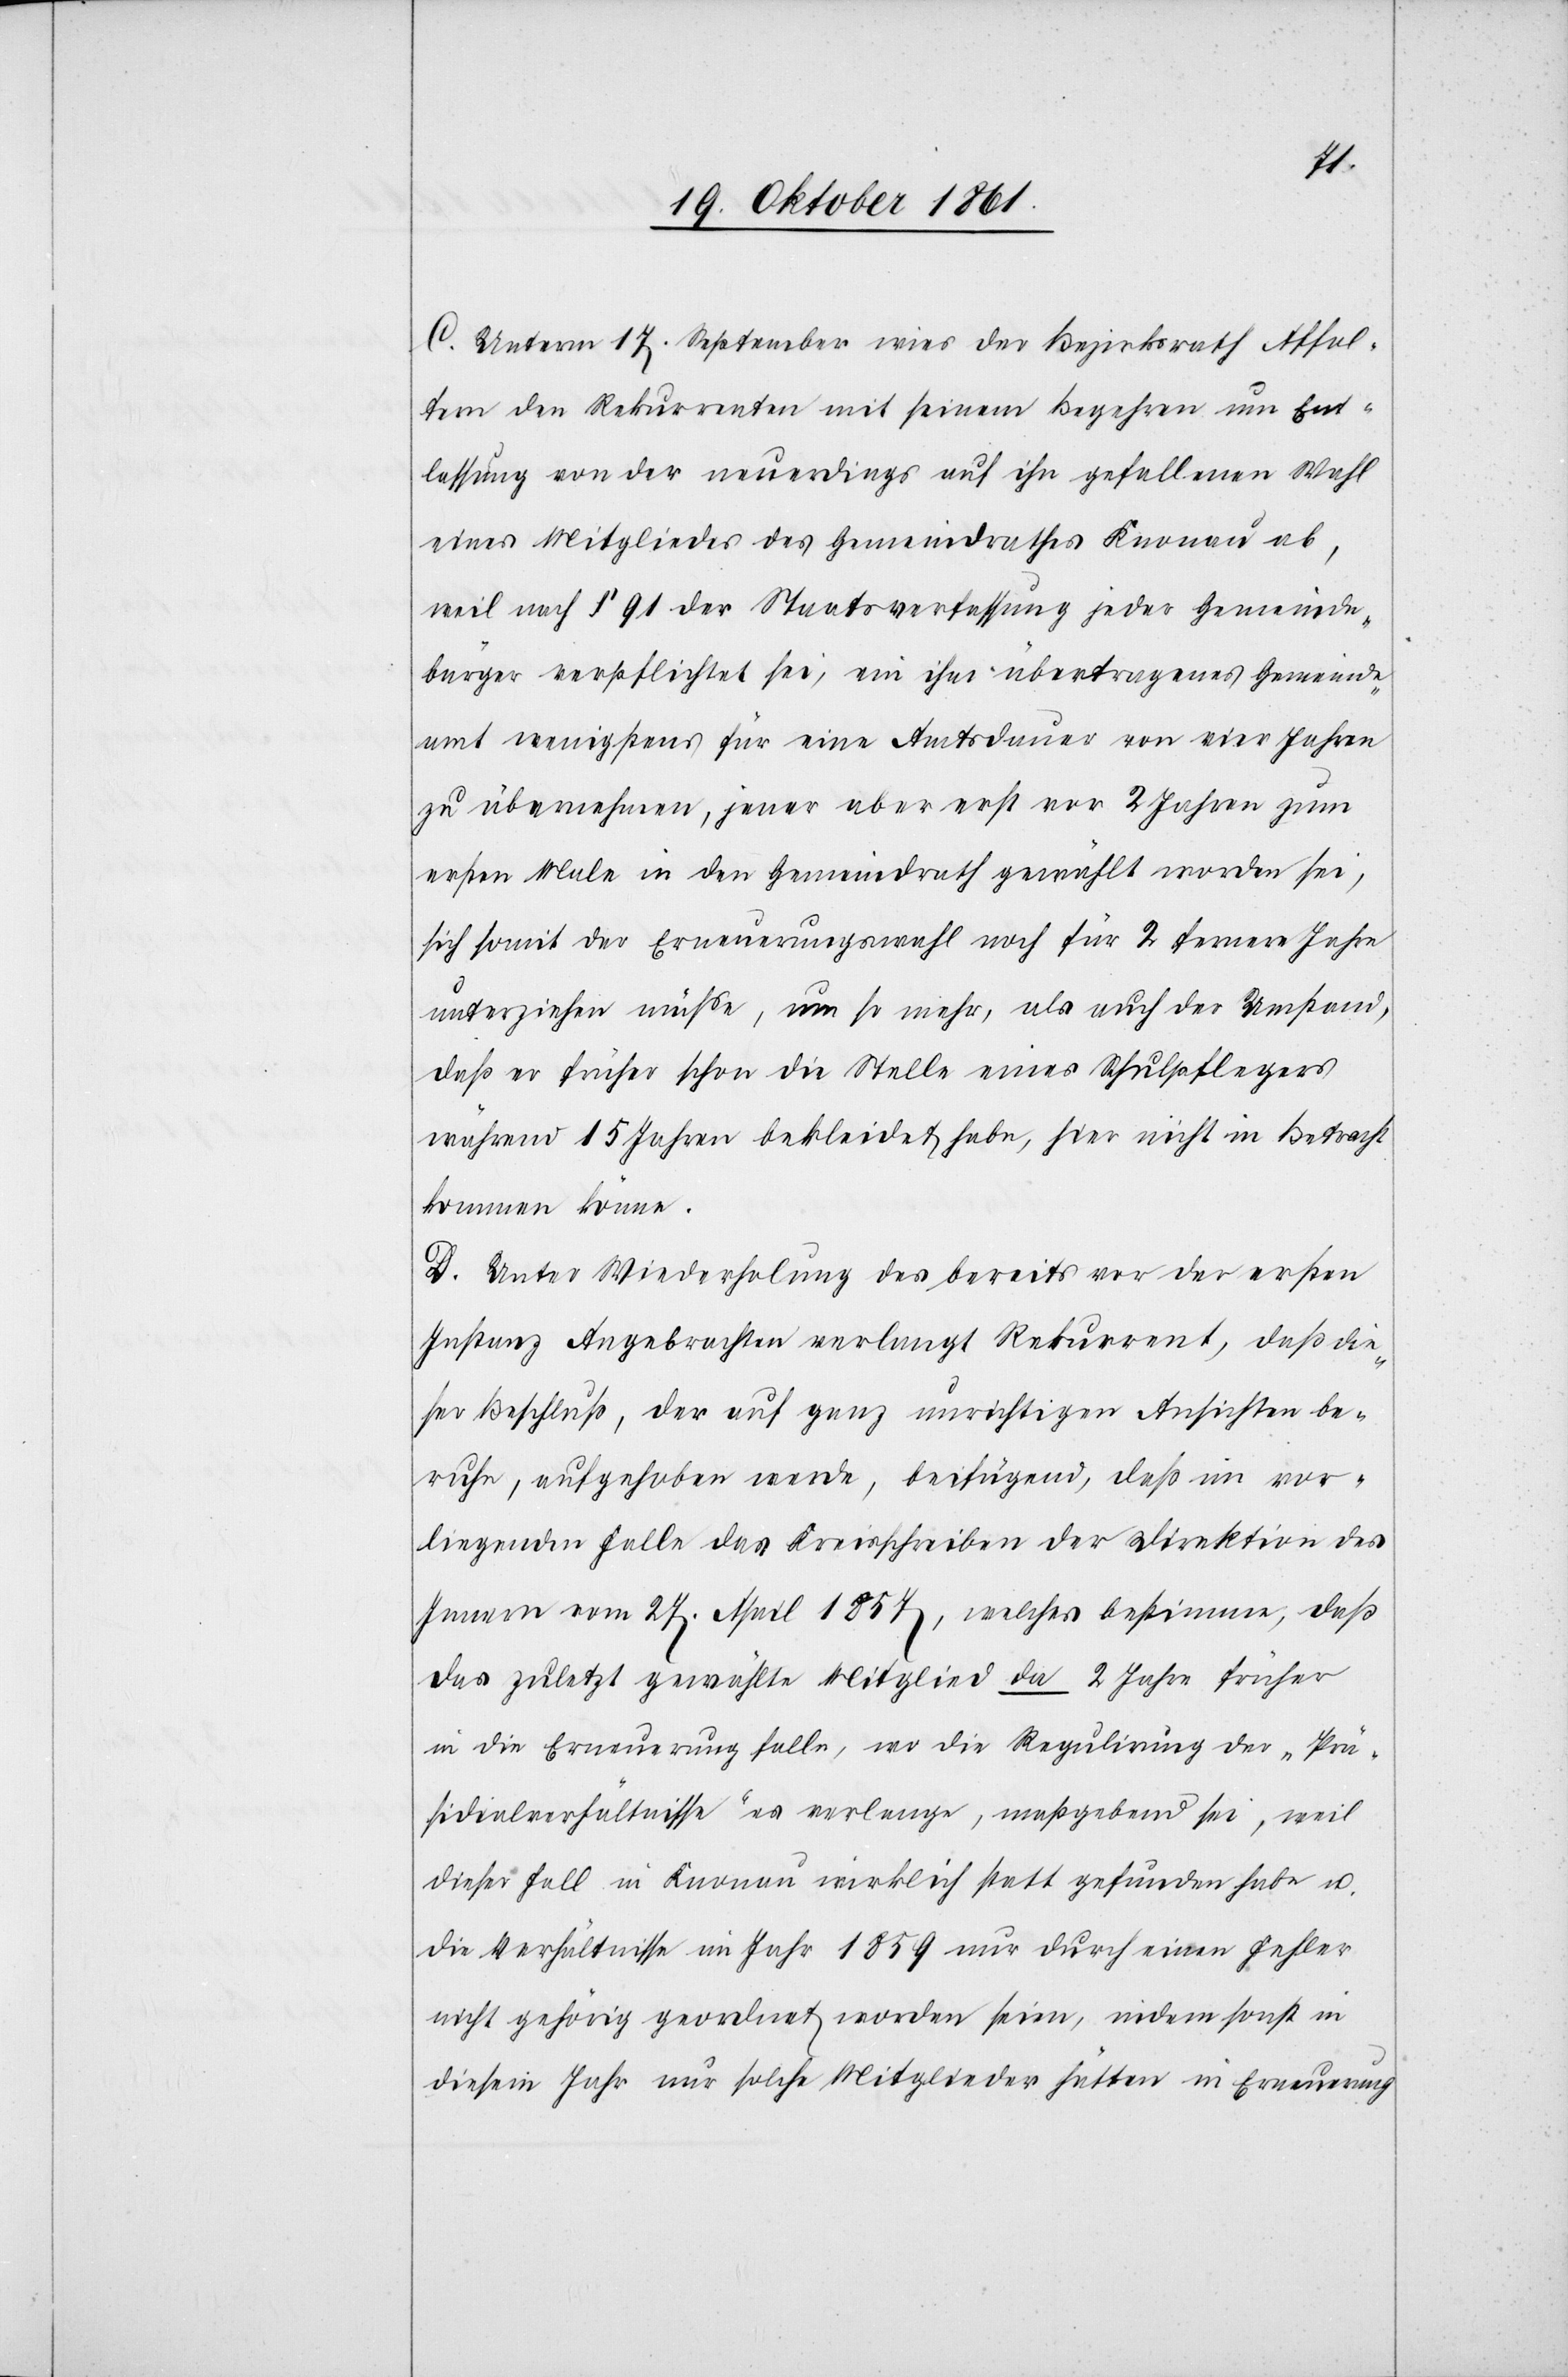
C. Unterm 17 September wies der Bezirksrath Affol¬
tern den Rekurrenten mit seinem Begehren um Ent¬
lassung von der neuerdings auf ihn gefallenen Wahl
eines Mitgliedes des Gemeindrathes Knonau ab,
weil nach § 91 der Staatsverfassung jeder Gemeinde¬
bürger verpflichtet sei, ein ihm übertragenes Gemeinde¬
amt wenigstens für eine Amtsdauer von vier Jahren
zu übernehmen, jener aber erst vor 2 Jahren zum
ersten Male in den Gemeindrath gewählt worden sei,
sich somit der Erneuerungswahl noch für 2 fernere Jahre
unterziehen müße, um so mehr, als auch der Umstand,
daß er früher schon die Stelle eines Schulpflegers
während 15 Jahren bekleidet habe, hier nicht in Betracht
kommen könne.
D. Unter Wiederholung des bereits vor der ersten
Instanz Angebrachten verlangt Rekurrent, daß die¬
ser Beschluß, der auf ganz unrichtigen Ansichten be¬
ruhe, aufgehoben werde, beifügend, daß im vor¬
liegenden Falle das Kreisschreiben der Direktion des
Innern vom 27 Mai 1854, welches bestimme, daß
das zuletzt gewählte Mitglied da 2 Jahre früher
in die Erneuerung falle, wo die Regulirung der „Prä¬
sidialverhältnisse“ es verlange, maßgebend sei, weil
dieser Fall in Knonau wirklich statt gefunden habe u.
die Verhältnisse im Jahr 1859 nur durch einen Fehler
nicht gehörig geordnet worden seien, indem sonst in
diesem Jahr nur solche Mitglieder hätten in Erneuerung